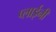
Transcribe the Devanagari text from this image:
प्लाईनी